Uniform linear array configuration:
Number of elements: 8
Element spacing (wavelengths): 0.25
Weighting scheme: hamming
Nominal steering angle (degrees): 0
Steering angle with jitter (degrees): -0.1186
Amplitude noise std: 0.05
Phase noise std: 0.05

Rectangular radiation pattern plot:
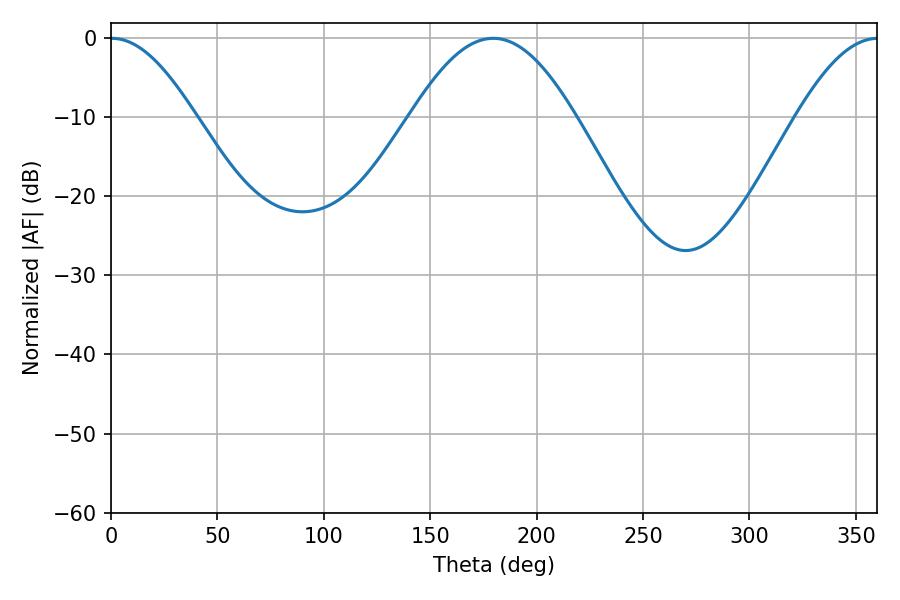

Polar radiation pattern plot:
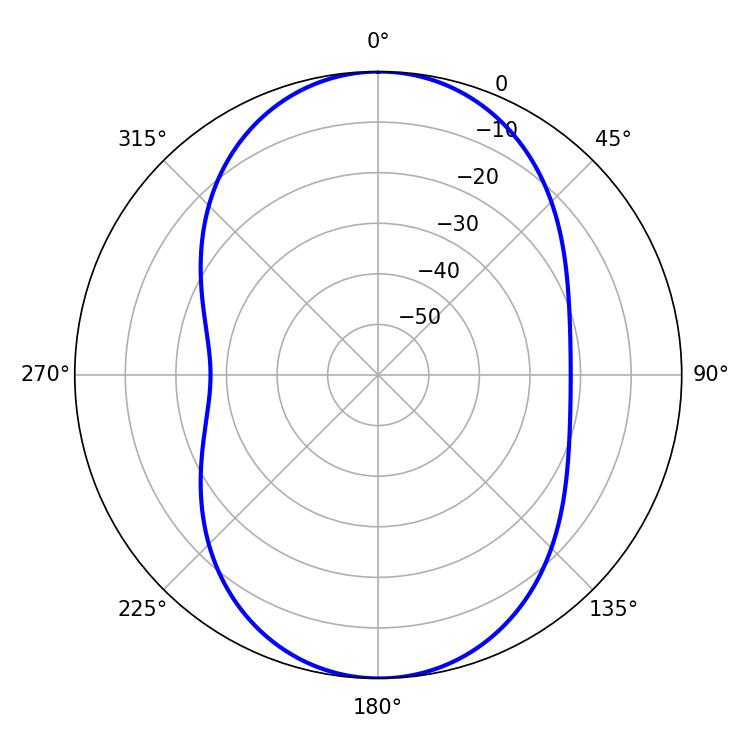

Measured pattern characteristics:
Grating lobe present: FALSE
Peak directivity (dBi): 19.269
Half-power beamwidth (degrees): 21.42
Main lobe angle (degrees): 0.36